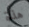
هذة